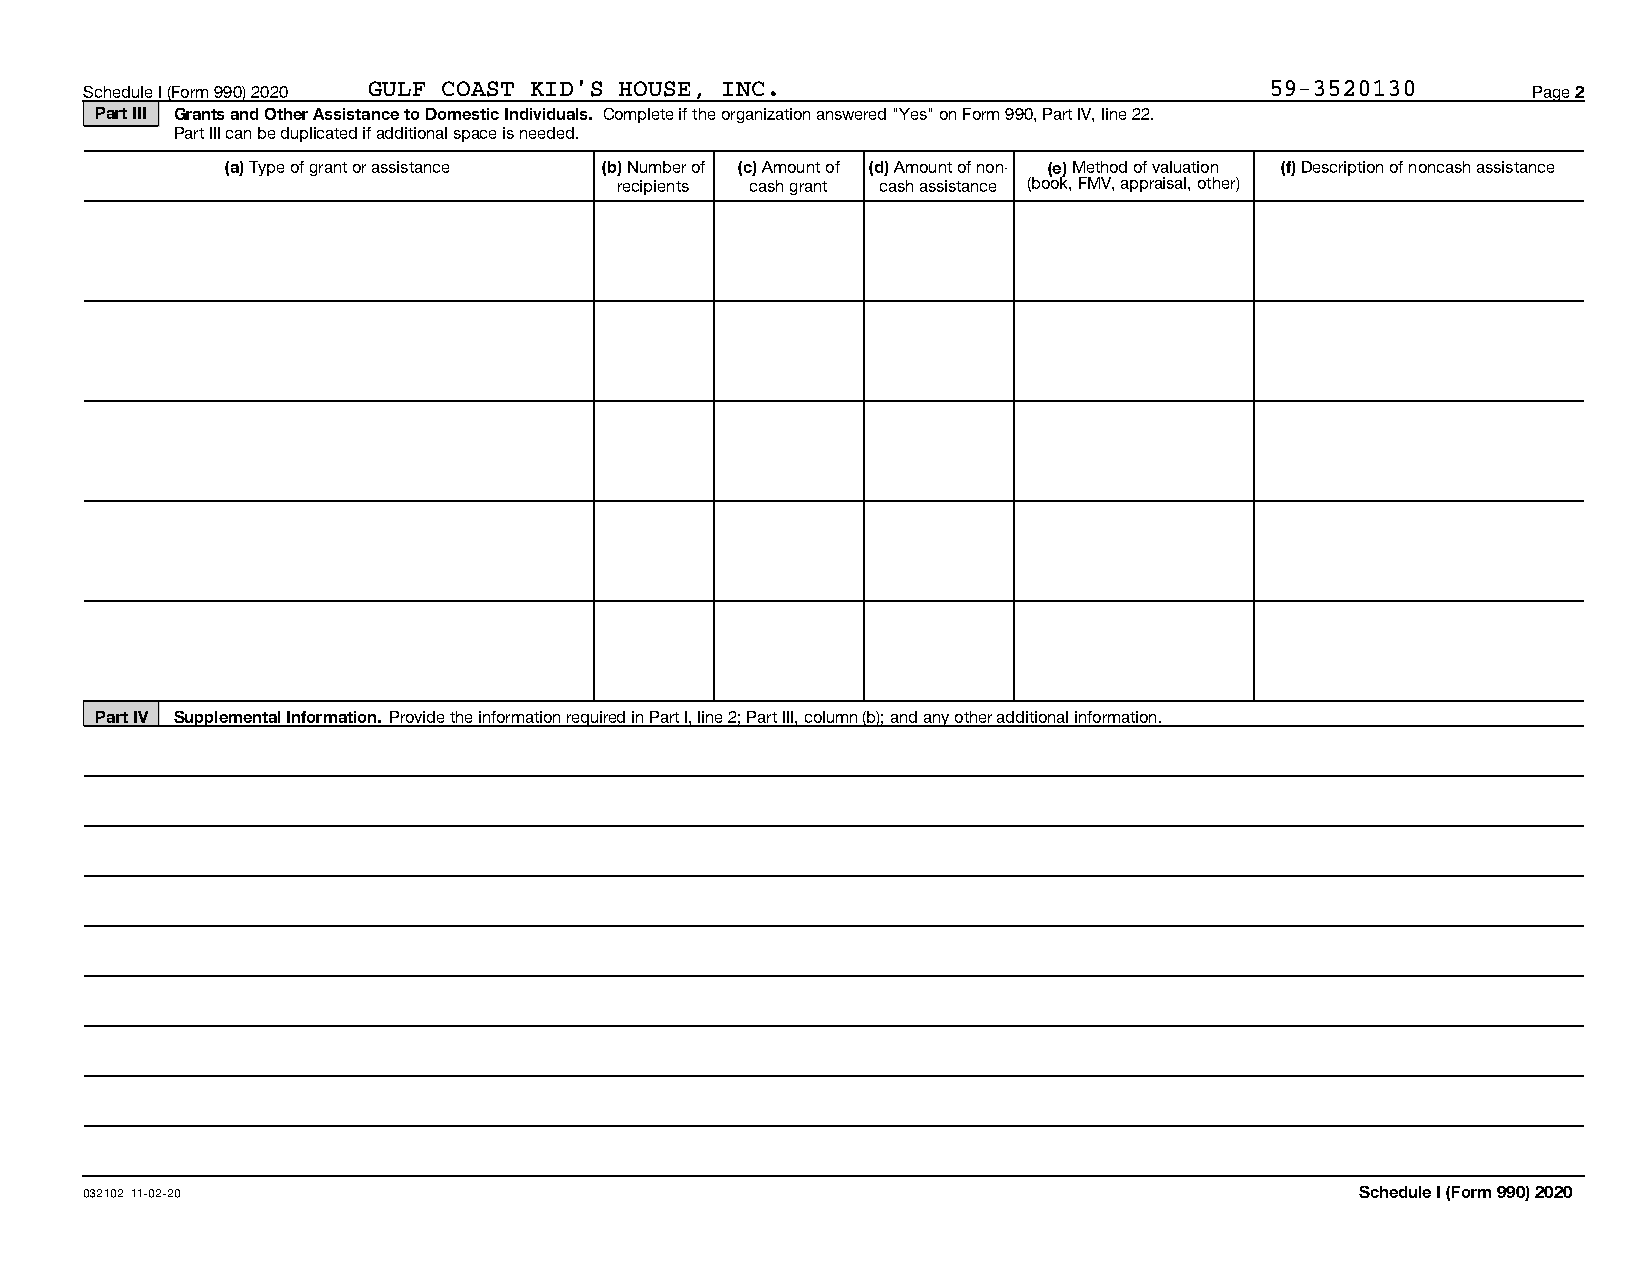
Schedule I (Form 990) 2020 GULF COAST KID'S HOUSE, INC.                       59-3520130       Page 2
 Part III Grants and Other Assistance to Domestic Individuals. Complete if the organization answered "Yes" on Form 990, Part IV, line 22.
 Part III can be duplicated if additional space is needed.
 (a) Type of grant or assistance (b) Number of (c) Amount of (d) Amount of non- (e) Method of valuation (f) Description of noncash assistance
 recipients cash grant cash assistance (book, FMV, appraisal, other)
 Part IV Supplemental Information. Provide the information required in Part I, line 2; Part III, column (b); and any other additional information.
 032102 11-02-20                                                                     Schedule I (Form 990) 2020